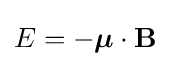
E=-{\boldsymbol {\mu }}\cdot \mathbf {B}